Scientific memoirs by medical officers of the Army of India - Part XI,
Year: 1898
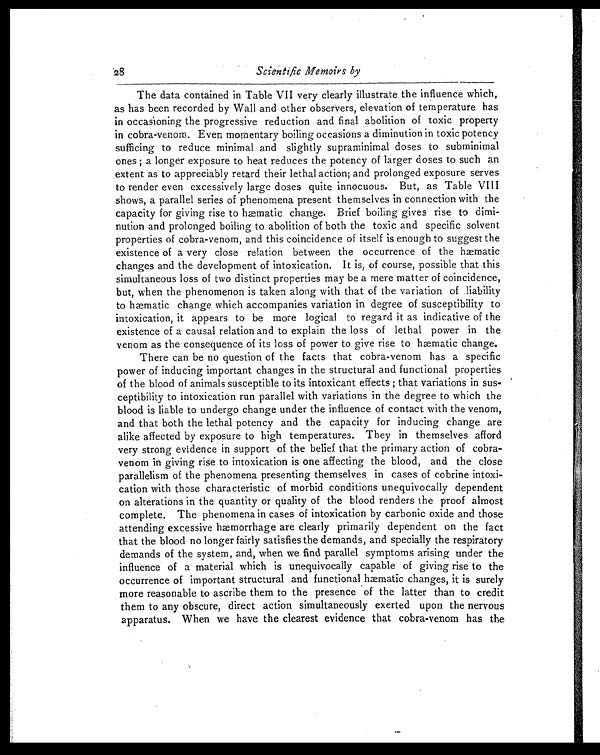
28
Scientific Memoirs by
The data contained in Table VII very clearly illustrate the influence which,
as has been recorded by Wall and other observers, elevation of temperature has
in occasioning the progressive reduction and final abolition of toxic property
in cobra-venom. Even momentary boiling occasions a diminution in toxic potency
sufficing to reduce minimal and slightly supraminimal doses to subminimal
ones ; a longer exposure to heat reduces the potency of larger doses to such an
extent as to appreciably retard their lethal action; and prolonged exposure serves
to render even excessively large doses quite innocuous. But, as Table VIII
shows, a parallel series of phenomena present themselves in connection with the
capacity for giving rise to hæmatic change. Brief boiling gives rise to dimi-
nution and prolonged boiling to abolition of both the toxic and specific solvent
properties of cobra-venom, and this coincidence of itself is enough to suggest the
existence of a very close relation between the occurrence of the hæmatic
changes and the development of intoxication. It is, of course, possible that this
simultaneous loss of two distinct properties may be a mere matter of coincidence,
but, when the phenomenon is taken along with that of the variation of liability
to hæmatic change which accompanies variation in degree of susceptibility to
intoxication, it appears to be more logical to regard it as indicative of the
existence of a causal relation and to explain the loss of lethal power in the
venom as the consequence of its loss of power to give rise to hæmatic change.
There can be no question of the facts that cobra-venom has a specific
power of inducing important changes in the structural and functional properties
of the blood of animals susceptible to its intoxicant effects ; that variations in sus-
ceptibility to intoxication run parallel with variations in the degree to which the
blood is liable to undergo change under the influence of contact with the venom,
and that both the lethal potency and the capacity for inducing change are
alike affected by exposure to high temperatures. They in themselves afford
very strong evidence in support of the belief that the primary action of cobra-
venom in giving rise to intoxication is one affecting the blood, and the close
parallelism of the phenomena presenting themselves in cases of cobrine intoxi-
cation with those characteristic of morbid conditions unequivocally dependent
on alterations in the quantity or quality of the blood renders the proof almost
complete. The phenomena in cases of intoxication by carbonic oxide and those
attending excessive hæmorrhage are clearly primarily dependent on the fact
that the blood no longer fairly satisfies the demands, and specially the respiratory
demands of the system, and, when we find parallel symptoms arising under the
influence of a material which is unequivocally capable of giving rise to the
occurrence of important structural and functional hæmatic changes, it is surely
more reasonable to ascribe them to the presence of the latter than to credit
them to any obscure, direct action simultaneously exerted upon the nervous
apparatus. When we have the clearest evidence that cobra-venom has the